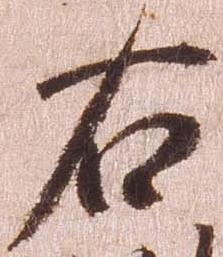
右